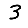
Digit: 3